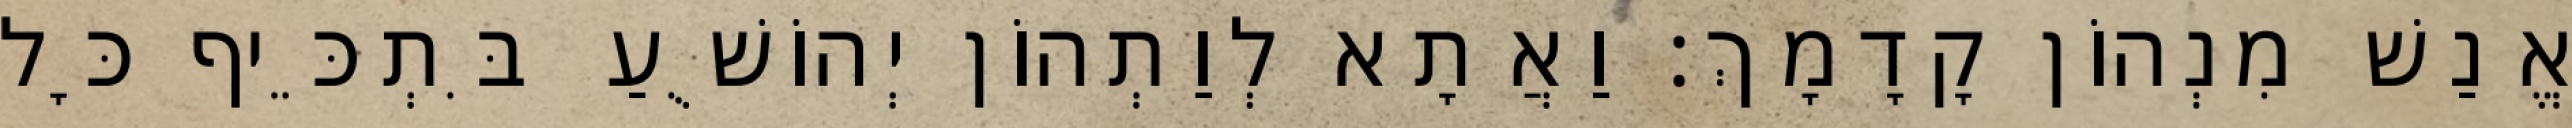
אֱנַשׁ מִנְהוֹן קָדָמָךְ׃ וַאֲתָא לְוַתְהוֹן יְהוֹשֻׁעַ בִּתְכֵּיף כָּל